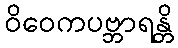
ဝိဝေကပဗ္ဘာရန္တိ